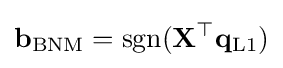
\mathbf {b} _{\text{BNM}}={\text{sgn}}(\mathbf {X} ^{\top }\mathbf {q} _{\text{L1}})